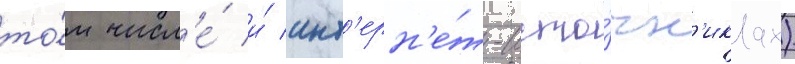
то́м числ'е́ и́ инт'ерн'е́т-исто́чн'иках)